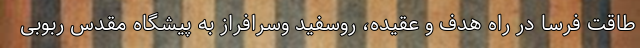
طاقت فرسا در راه هدف و عقیده، روسفید وسرافراز به پیشگاه مقدس ربوبی